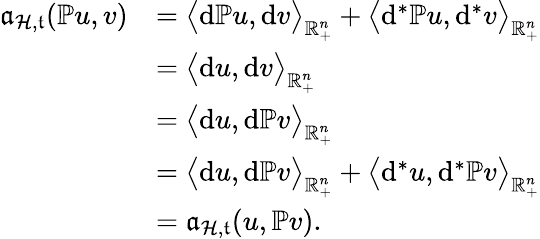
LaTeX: \begin{array}{rl}{\mathfrak{a}_{\mathcal{H},\mathfrak{t}}(\mathbb{P}u,v)}&{=\big\langle\mathrm{d}\mathbb{P}u,\mathrm{d}v\big\rangle_{\mathbb{R}_{+}^{n}}+\big\langle\mathrm{d}^{\ast}\mathbb{P}u,\mathrm{d}^{\ast}v\big\rangle_{\mathbb{R}_{+}^{n}}}\\ &{=\big\langle\mathrm{d}u,\mathrm{d}v\big\rangle_{\mathbb{R}_{+}^{n}}}\\ &{=\big\langle\mathrm{d}u,\mathrm{d}\mathbb{P}v\big\rangle_{\mathbb{R}_{+}^{n}}}\\ &{=\big\langle\mathrm{d}u,\mathrm{d}\mathbb{P}v\big\rangle_{\mathbb{R}_{+}^{n}}+\big\langle\mathrm{d}^{\ast}u,\mathrm{d}^{\ast}\mathbb{P}v\big\rangle_{\mathbb{R}_{+}^{n}}}\\ &{=\mathfrak{a}_{\mathcal{H},\mathfrak{t}}(u,\mathbb{P}v)\mathrm{.~}}\end{array}